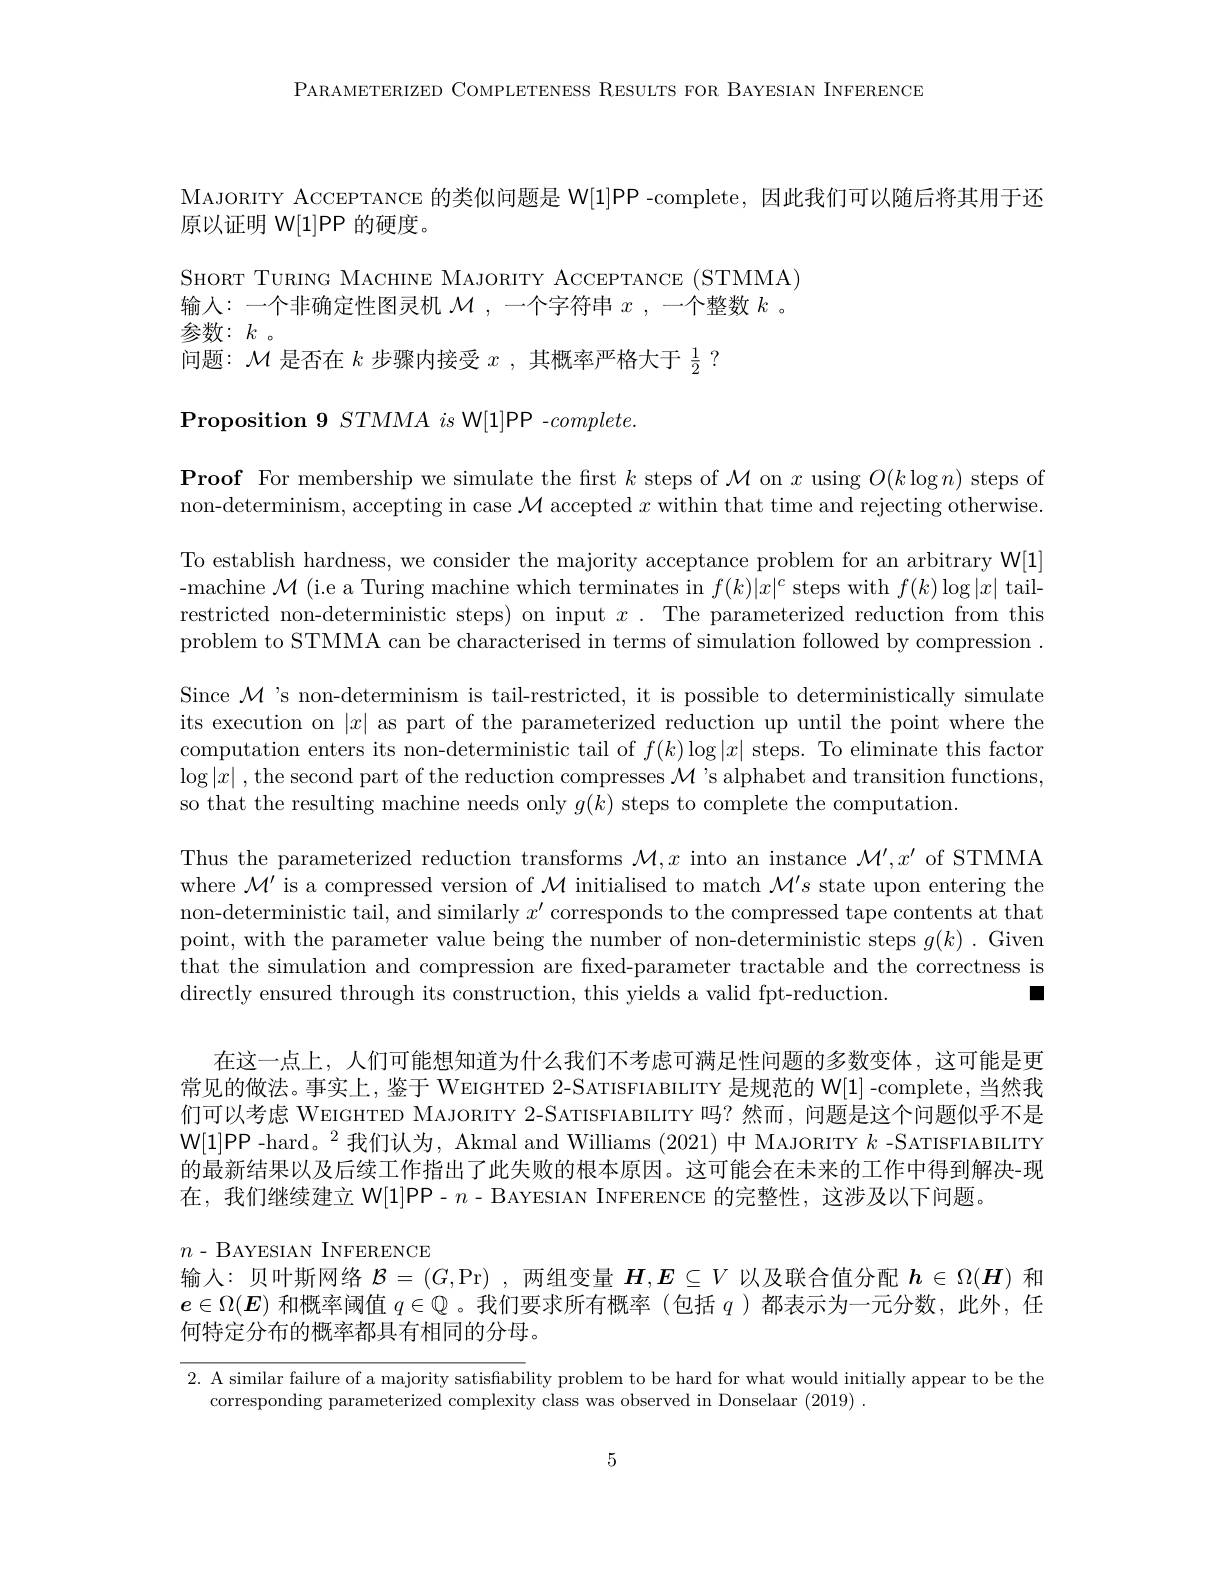
PARAMETERIZED COMPLETENESS RESULTS FOR BAYESIAN INFERENCE

MAJORITY ACCEPTANCE 的类似问题是 W[1]PP -complete,因此我们可以随后将其用于还
原以证明 W[1]PP 的硬度。
SHORT TURING MACHINE MAJORITY ACCEPTANCE (STMMA) 输入：一个非确定性图灵机$\mathcal{M}$,一个字符串$x$,一个整数$k$ 。参数$:k$。
问题：$\mathcal{M}$是否在$k$步骤内接受$x$,其概率严格大于$\frac12?$
$\textbf{Proposition 9 }STMMA\textit{is W[ 1] PP- complete. }$
$\textbf{Proof For membership we simulate the first }k$ steps of $\mathcal{M}$ on $x$ using $O(k\log n)$ steps of non-determinism, accepting in case $\mathcal{M}$ accepted $x$ within that time and rejecting otherwise. To establish hardness, we consider the majority acceptance problem for an arbitrary W[1] -machine $\mathcal{M}$ (i.e a Turing machine which terminates in $f(k)|x|^{c}$ steps with $f(k)\log|x|$ tailrestricted non-deterministic steps) on input $x.$ The parameterized reduction from this problem to STMMA can be characterised in terms of simulation followed by compression . Since $\mathcal{M}$'s non-determinism is tail-restricted, it is possible to deterministically simulate its execution on $|x|$ as part of the parameterized reduction up until the point where the computation enters its non-deterministic tail of $f(k)\log|x|$ steps. To eliminate this factor $\log|x|$ , the second part of the reduction compresses $\mathcal{M}'$s alphabet and transition functions, so that the resulting machine needs only $g(k)$ steps to complete the computation
Thus the parameterized reduction transforms $\mathcal{M},x$ into an instance $\mathcal{M}^\prime,x^\prime$ of STMMA where $\mathcal{M}^\prime$ is a compressed version of $\mathcal{M}$ initialised to match $\mathcal{M}^\prime s$ state upon entering the non-deterministic tail, and similarly $x^\prime$ corresponds to the compressed tape contents at that point, with the parameter value being the number of non-deterministic steps $g(k).$ Given that the simulation and compression are fixed-parameter tractable and the correctness is directly ensured through its construction, this yields a valid fpt-reduction.
口

在这一点上，人们可能想知道为什么我们不考虑可满足性问题的多数变体，这可能是更常见的做法。事实上，鉴于 WEIGHTED 2-SATISFIABILITY 是规范的 W[1]-complete,当然我们可以考虑 WEIGHTED MAJORITY 2-SATISFIABILITY 吗？然而，问题是这个问题似乎不是W[1]PP -hard。$^2$我们认为，Akmal and Williams (2021) 中 MAJORITY $k$ -SATISFIABILITY 的最新结果以及后续工作指出了此失败的根本原因。这可能会在未来的工作中得到解决-现在，我们继续建立 W[1]PP-n- BAYESIAN INFERENCE 的完整性，这涉及以下问题。

$n-$BAYESIAN INFERENCE
输入：贝叶斯网络$\mathcal{B}=(G$,Pr) , 两组变量$H,E\subseteq V$以及联合值分配$h\in\Omega(H)$和

$e\in\Omega(E)$和概率阈值$q\in\mathbb{Q}$ 。我们要求所有概率 (包括$q$ )都表示为一元分数，此外，任
何特定分布的概率都具有相同的分母。

2. A similar failure of a majority satisfiability problem to be hard for what would initially appear to be the
corresponding parameterized complexity class was observed in Donselaar (2019) .

5